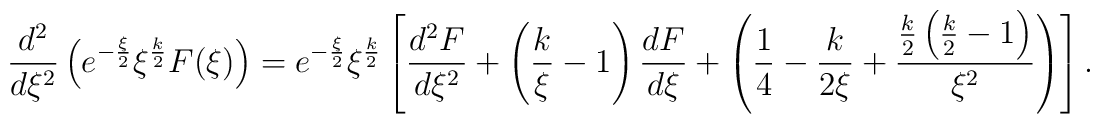
\frac{d^{2}}{d\xi^{2}}\left(e^{-\frac{\xi}{2}}\xi^{\frac{k}{2}}F(\xi)\right)  =e^{-\frac{\xi}{2}}\xi^{\frac{k}{2}}  \left[\frac{d^{2}F}{d\xi^{2}}+\left(\frac{k}{\xi}-1\right)\frac{dF}{d\xi}  +\left(\frac{1}{4}-\frac{k}{2\xi}+  \frac{\frac{k}{2}\left(\frac{k}{2}-1\right)}{\xi^{2}}\right)\right].